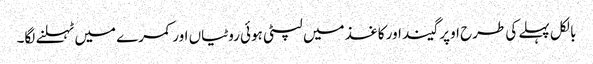
بالکل پہلے کی طرح اوپر گیند اور کاغذ میں لپٹی ہوئی روٹیاں اور کمرے میں ٹہلنے لگا۔